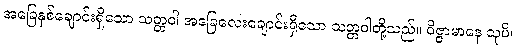
အခြေနှစ်ချောင်းရှိသော သတ္တဝါ အခြေလေးချောင်းရှိသော သတ္တဝါတို့သည်။ ဝိဇ္ဇာမာနေ သုပိ၊